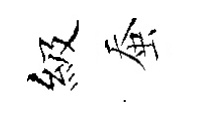
級蚕